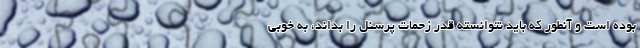
بوده است و آنطور که باید نتوانسته قدر زحمات پرسنل را بداند، به خوبی